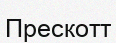
Прескотт